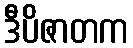
ဒီပိဇာတက